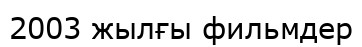
2003 жылғы фильмдер